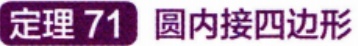
定理 71 圆内接四边形